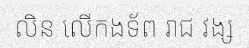
លិន លើកងទ័ព រាជ វង្ស